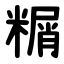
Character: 糏